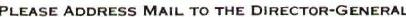
PLEASE ADDRESS MAIL TO THE DIRECTOR-GENERAL